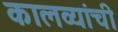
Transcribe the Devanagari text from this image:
कालव्यांची